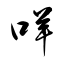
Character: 咩